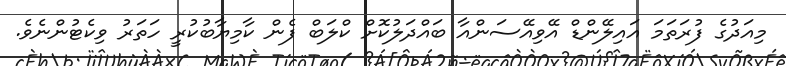
މިއަދުގެ ފުރަތަމަ އައިލޭންޑް އޭވިއޭސަންއާ ބައްދަލުކޮށް ކްލަބް ފެން ކާމިޔާބުކުރީ ހަތަރު ވިކެޓުންނެވެ.